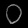
Digit: ၀